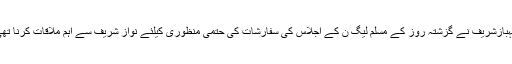
شہبازشریف نے گزشتہ روز کے مسلم لیگ ن کے اجلاس کی سفارشات کی حتمی منظوری کیلئے نواز شریف سے اہم ملاقات کرنا تھی۔